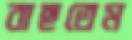
বাছতেম